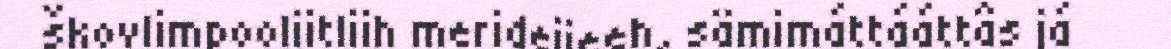
škovlimpooliitliih merideijeeh, sämimáttááttâs já